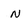
Character: n